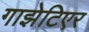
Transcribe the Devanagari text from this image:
गाझेटिएर